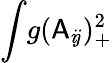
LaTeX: \int\! g(\mathsf{A}_{i\! j})_{+}^{2}